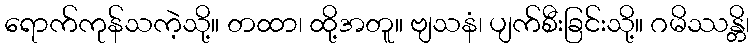
ရောက်ကုန်သကဲ့သို့။ တထာ၊ ထို့အတူ။ ဗျသနံ၊ ပျက်စီးခြင်းသို့။ ဂမိဿန္တိ၊